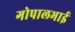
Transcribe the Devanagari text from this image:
गोपालभाई